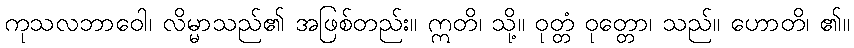
ကုသလဘာဝေါ၊ လိမ္မာသည်၏ အဖြစ်တည်း။ ဣတိ၊ သို့။ ဝုတ္တံ ဝုတ္တော၊ သည်။ ဟောတိ၊ ၏။